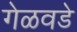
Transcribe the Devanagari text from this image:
गेळवडे